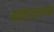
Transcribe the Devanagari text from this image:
सर्वबलदायक